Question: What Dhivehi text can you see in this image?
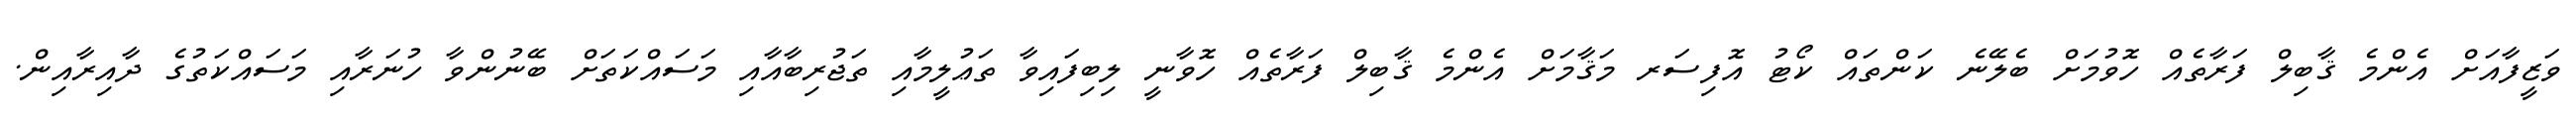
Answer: ވަޒީފާއަށް އެންމެ ޤާބިލް ފަރާތެއް ހޮވުމަށް ބެލޭނެ ކަންތައް ކޯޓު އޮފިސަރ މަޤާމަށް އެންމެ ޤާބިލް ފަރާތެއް ހޮވާނީ ލިބިފައިވާ ތަޢުލީމާއި ތަޖުރިބާއާއި މަސައްކަތަށް ބޭނުންވާ ހުނަރާއި މަސައްކަތުގެ ދާއިރާއިން.